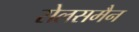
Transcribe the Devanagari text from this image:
सेलसमैन